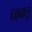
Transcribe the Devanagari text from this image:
धावालु